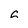
Character: 6